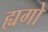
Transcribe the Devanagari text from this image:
ह्यगो